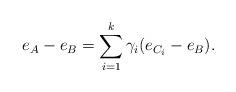
LaTeX: \begin{align*} e_A-e_B = \sum_{i=1}^k \gamma_i(e_{C_i} - e_B). \end{align*}